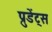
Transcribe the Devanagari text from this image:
प्रुडेंट्स